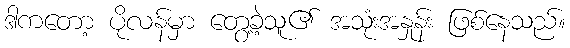
ဒါကတော့ ပိုလန်မှာ တွေ့ခဲ့သူ၏ အသုံးအနှုန်း ဖြစ်နေသည်။